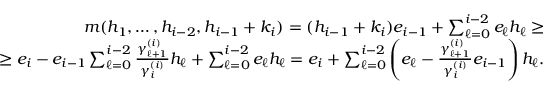
\begin{array} { r l } { m ( h _ { 1 } , \ldots , h _ { i - 2 } , h _ { i - 1 } + k _ { i } ) = ( h _ { i - 1 } + k _ { i } ) e _ { i - 1 } + \sum _ { \ell = 0 } ^ { i - 2 } e _ { \ell } h _ { \ell } \geq } & { } \\ { \geq e _ { i } - e _ { i - 1 } \sum _ { \ell = 0 } ^ { i - 2 } \frac { \gamma _ { \ell + 1 } ^ { ( i ) } } { \gamma _ { i } ^ { ( i ) } } h _ { \ell } + \sum _ { \ell = 0 } ^ { i - 2 } e _ { \ell } h _ { \ell } = e _ { i } + \sum _ { \ell = 0 } ^ { i - 2 } \left( e _ { \ell } - \frac { \gamma _ { \ell + 1 } ^ { ( i ) } } { \gamma _ { i } ^ { ( i ) } } e _ { i - 1 } \right) h _ { \ell } . } & { } \end{array}